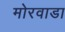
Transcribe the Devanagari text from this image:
मोरवाडा